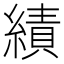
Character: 績